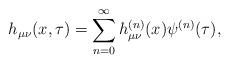
LaTeX: \begin{align*}h_{\mu\nu}(x,\tau)=\sum^{\infty}_{n=0}h^{(n)}_{\mu\nu}(x)\psi^{(n)}(\tau),\end{align*}